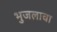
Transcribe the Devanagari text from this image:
भुजलाचा